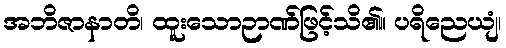
အဘိဇာနာတိ၊ ထူးသောဉာဏ်ဖြင့်သိ၏။ ပရိညေယျံ၊